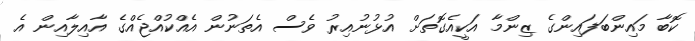
ކޮބާ މައިންބަފައިންގެ ޒިންމާ އަކީއެގޮތަށް އުޅުނުއިރު ވެސް އެތަނުން އެއްކުއްޖެއްގެ އާއިލާއިން އެ